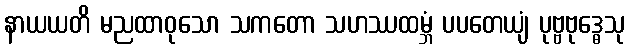
နာယယတိ မညထာဝုသော သကတော သဟဿထမ္ဘံ ပပတေယျံ ပုဗ္ဗဗုဒ္ဓေသု